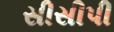
સીસીપી